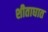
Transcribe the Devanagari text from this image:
शीताघात